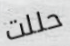
حللت